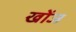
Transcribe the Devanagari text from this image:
खोंज